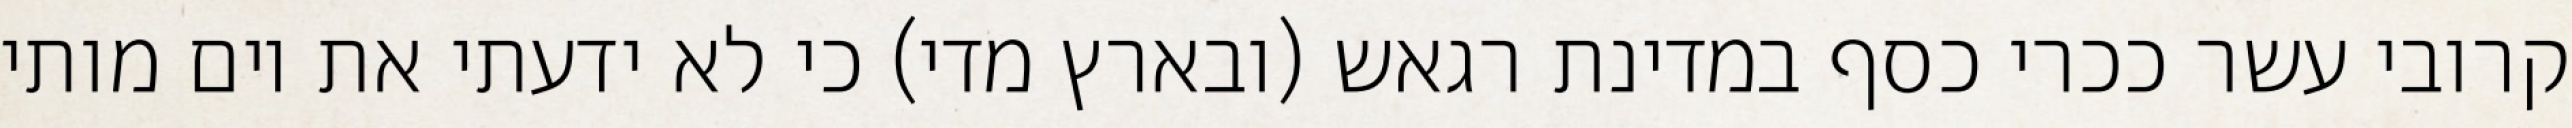
קרובי עשר ככרי כסף במדינת רגאש (ובארץ מדי) כי לא ידעתי את יום מותי